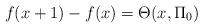
LaTeX: \begin{align*}f(x+1)-f(x)=\Theta(x,\Pi_{0})\end{align*}